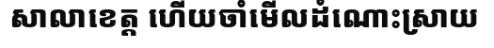
សាលាខេត្ត ហើយចាំមើលដំណោះស្រាយ